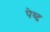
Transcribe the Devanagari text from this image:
पेय्द